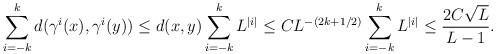
LaTeX: \begin{align*} \sum_{i=-k}^{k} d(\gamma^i(x),\gamma^i(y))\leq d(x,y)\sum_{i=-k}^k L^{|i|}\leq CL^{-(2k+1/2)}\sum_{i=-k}^k L^{|i|}\leq \frac{2C\sqrt{L}}{L-1}.\end{align*}